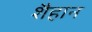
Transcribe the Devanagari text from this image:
शैहान